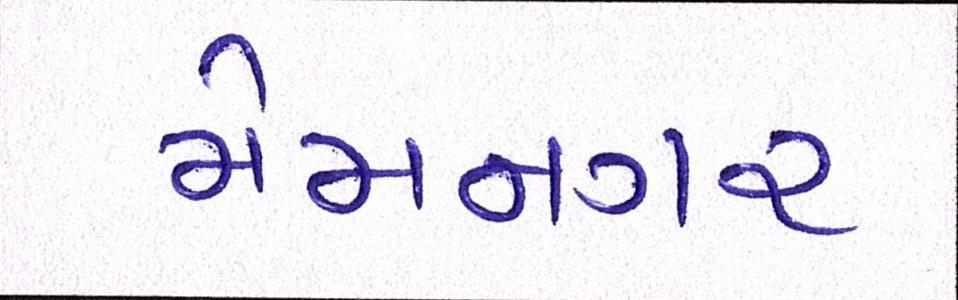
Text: મેમનગર